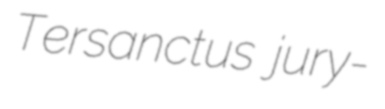
Tersanctus jury-